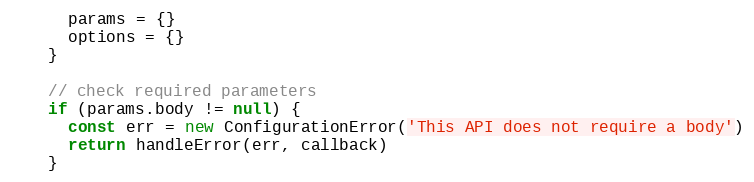
Language: JavaScript
      params = {}
      options = {}
    }

    // check required parameters
    if (params.body != null) {
      const err = new ConfigurationError('This API does not require a body')
      return handleError(err, callback)
    }